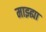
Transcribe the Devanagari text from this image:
माझ्ह्या